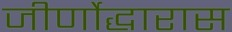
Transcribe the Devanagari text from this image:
जीर्णोद्धारास